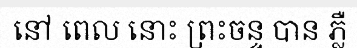
នៅ ពេល នោះ ព្រះចន្ទ បាន ភ្លឺ